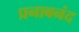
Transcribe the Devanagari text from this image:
प्रनाबनंद